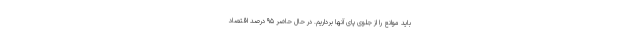
باید موانع را از جلوی پای آنها برداریم. در حال حاضر ۹۵ درصد اقتصاد